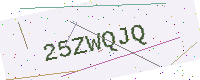
Text: 25ZWQJQ